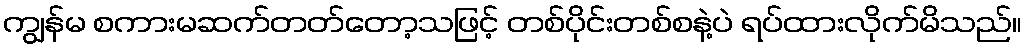
ကျွန်မ စကားမဆက်တတ်တော့သဖြင့် တစ်ပိုင်းတစ်စနဲ့ပဲ ရပ်ထားလိုက်မိသည်။